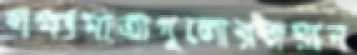
লক্ষ্যমাত্রাগুলোরজয়ান